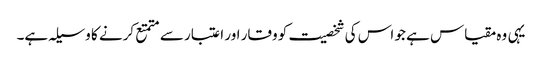
یہی وہ مقیاس ہے جو اس کی شخصیت کو وقار اور اعتبار سے متمتع کرنے کا وسیلہ ہے۔